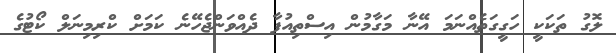
ލޮގު ތަކަކީ ހަގީގަތެއްނަމަ އޭނާ މަގާމުން އިސްތިއުފާ ދެއްވަންޖެހޭނެ ކަމަށް ކްރިމިނަލް ކޯޓުގެ